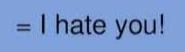
= I hate you!